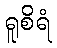
ရူစိရံ